Document type: Anniversary endowment
Year: 1486
Scribe: Bartomeu Masons
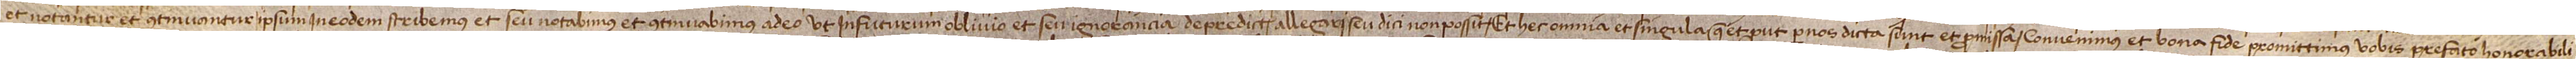
et notantur et continuantur ipsum in eodem scribemus seu notabimus et continuabimus adeo ut in futurum oblivio et seu ignorancia de predictis allegari seu dici non possit. Et hec omnia et singula que et prout per nos dicta sunt et promissa convenimus et bona fide promittimus vobis prefato honorabili